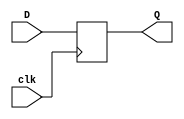
`timescale 1ns / 1ps
//////////////////////////////////////////////////////////////////////////////////
// Company: 
// Engineer: 
// 
// Design Name: 
// Module Name: D_FF_pos
// Project Name: 
// Target Devices: 
// Tool Versions: 
// Description: 
// 
// Dependencies: 
// 
// Revision:
// Revision 0.01 - File Created
// Additional Comments:
// 
//////////////////////////////////////////////////////////////////////////////////


//note Q_b is not included but to see how to do it reference D_latch it is the same as there
//behavioral modeling
//negative edge triggered
module D_FF_pos(
    input D,
    input clk,
    output reg Q
    );
    
    always @(posedge clk)
    begin
        Q = D;
    end
    
    
endmodule